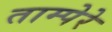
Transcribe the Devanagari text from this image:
ताम्पेरे